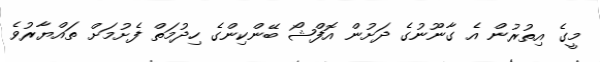
މީގެ އިތުރުން އެ ގާނޫނުގެ ދަށުން އޮފްޝޯ ބޭންކިންގެ ހިދުމަތް ފެށުމަށް ތައްޔާރުވެ